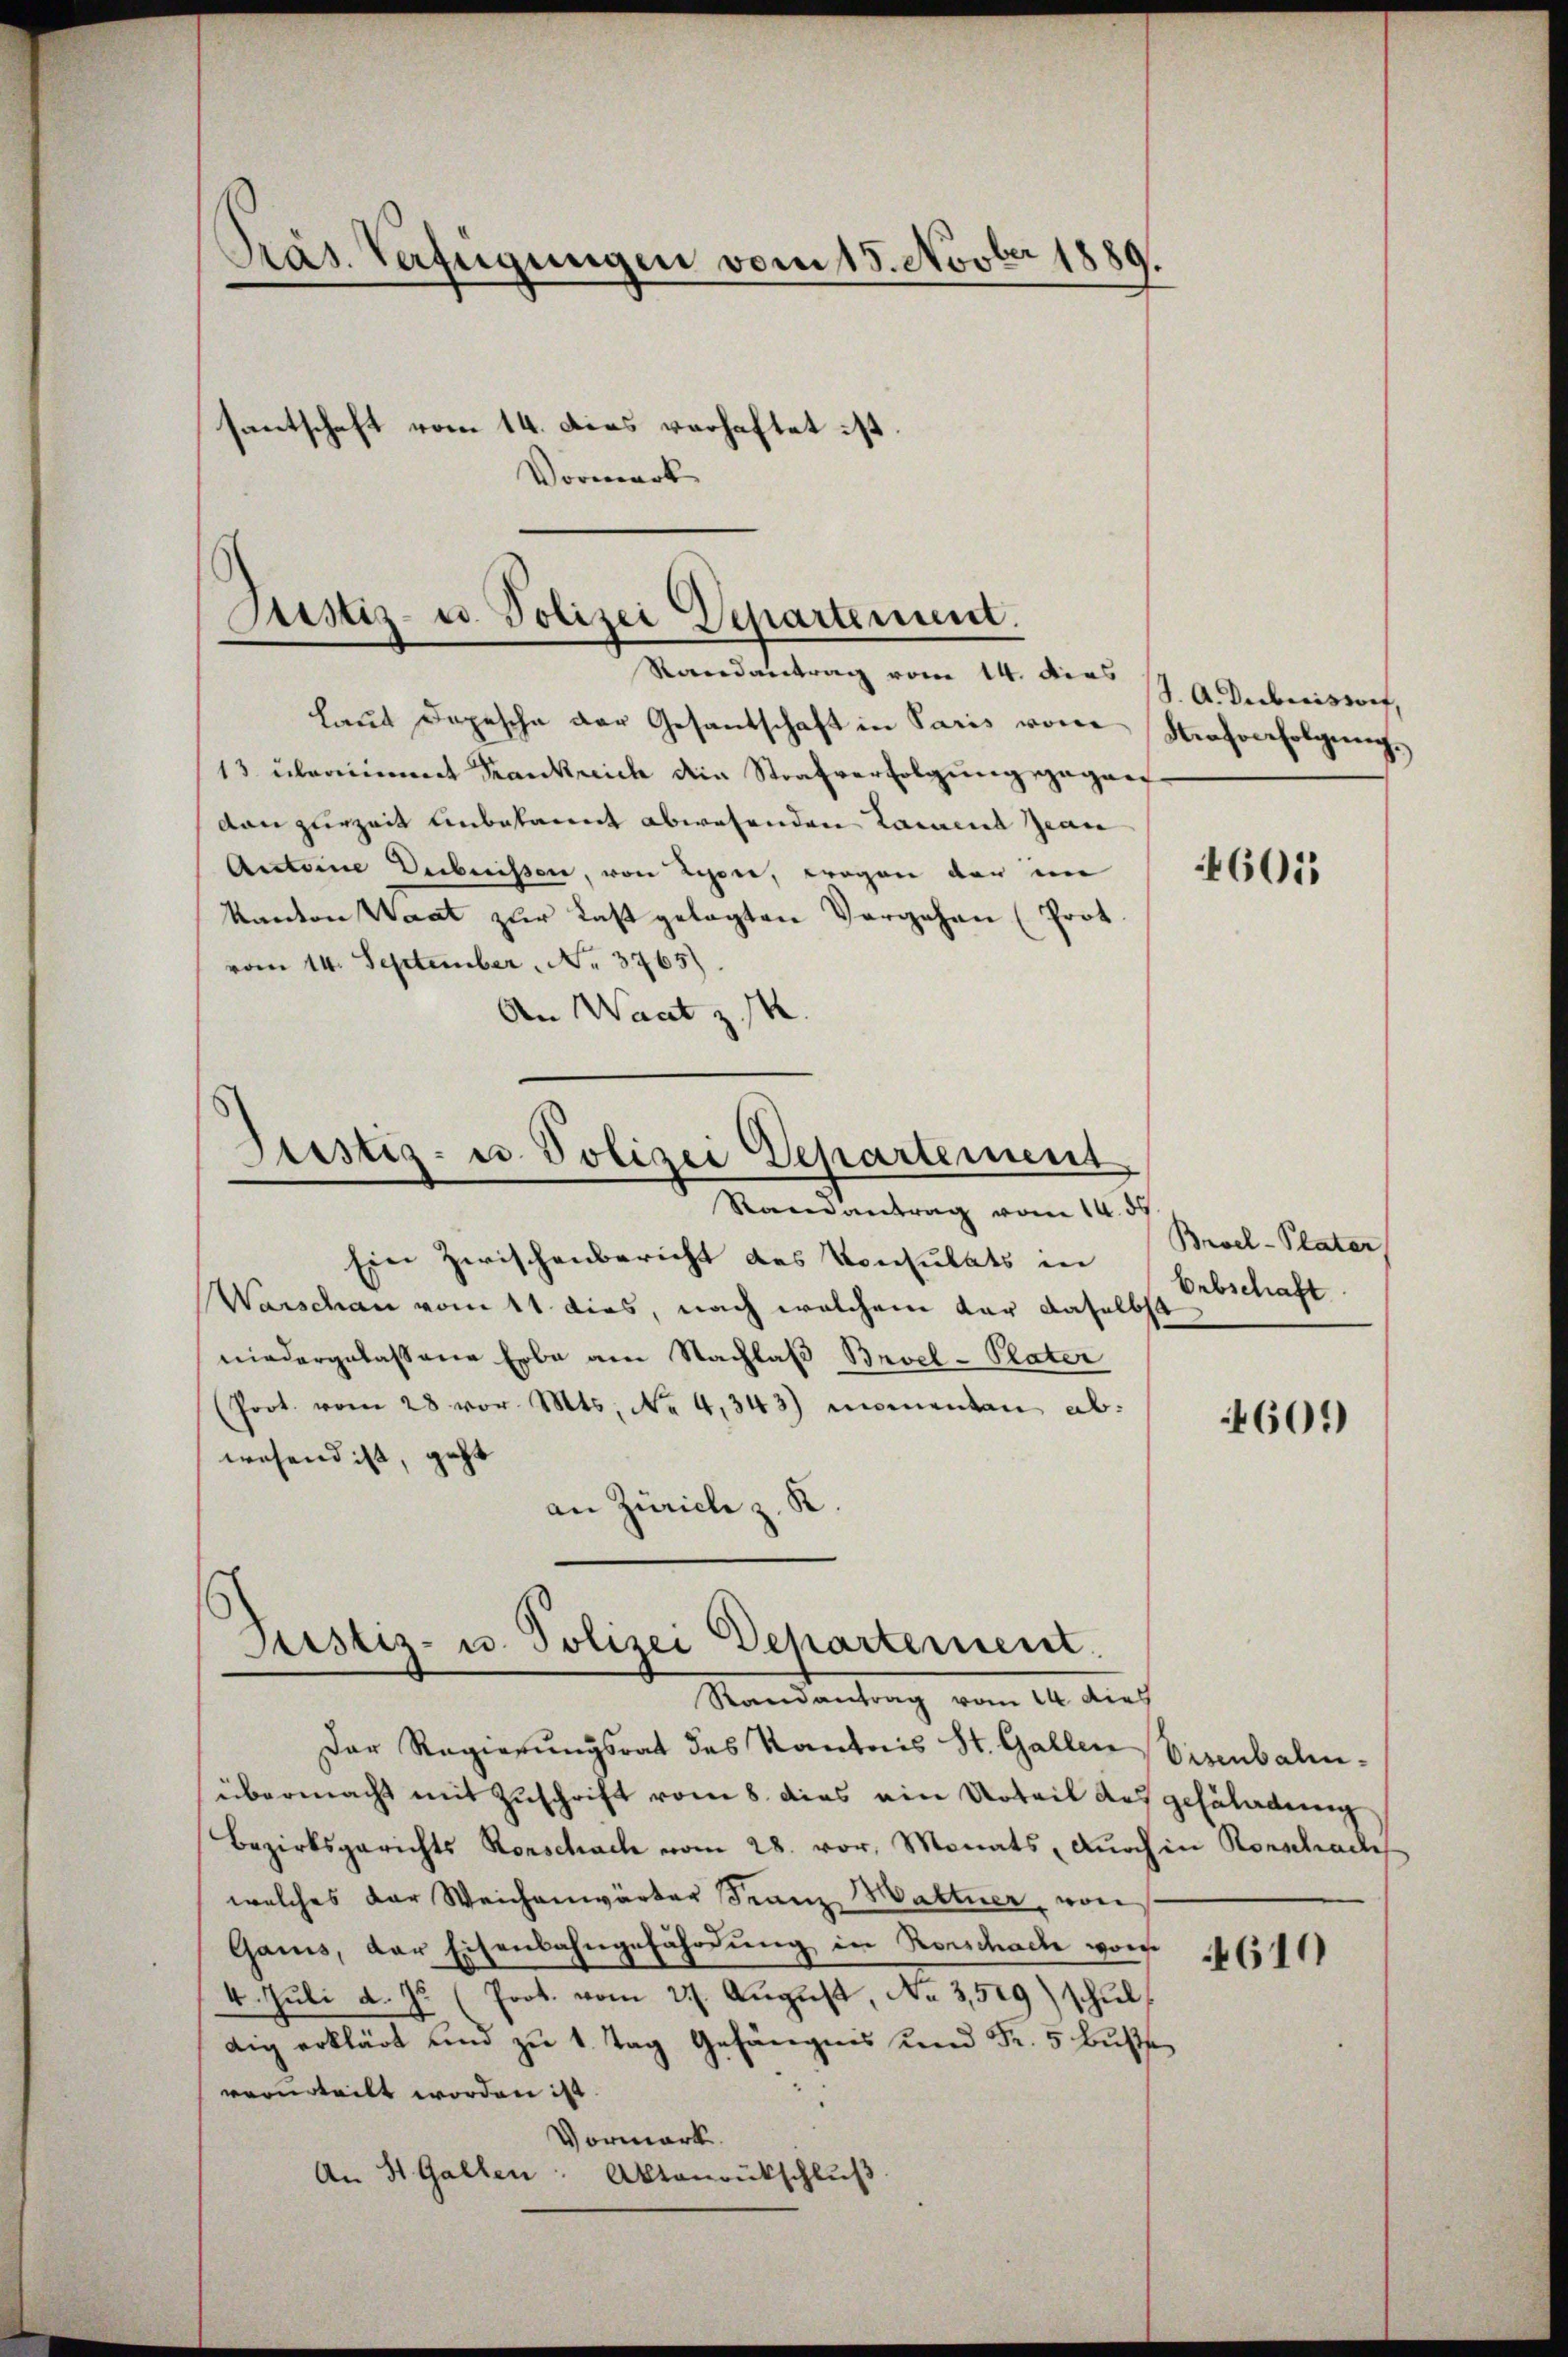
Präs. Verfügungen vom 15. Novber 1889
santschaft vom 14. Dies verhaftet ist.
Vormerk

Justiz- u. Polizei Departement.
Randantrag vom 14. dies

laut Depesche der Gesandschaft in Paris vom
13 übernimmt Krankreich die Strafverfolgung gegan
von zurzeit unbekannt abwesenden Laient Jean
Antoine Debuissen, von Leere, wegen der im
Kanton Waat zur Last gelegten Vergehen (Prot.
vom 14. September, No. 3765).
An Waat z
Justiz- u. Polizei Departement
Randantrag vom 14. 39
Ein Zwischenbericht des Konsulats in
Warschau vom 11 dies, nach welchem dar daselbst
niedergelassene Erbe am Nachlaß Brvel-Plater
(Poot. vom 28. vor. Mts. No 4,343) momenten ab.
wesend ist, geht
an Zürich z. K

Justiz- u. Polizei Departement.
Randantrag vom 14. dies

J. A. Duberistorf,
Krahoerfolgŭngs

Der Regierungsrat des Kantois St. Gallen Visenbahnübermacht mit Zuschrift vom 8. dies ein Urteil des gezuladung
Bezirksgerichts Konschach vom 28. vor, Monats, durch in Rorschache
welches der Weichenwärter Franz Martner, von
Gamis, der Eisenbahngefährdung in Rorschache von
4. Juli d. Js. (Prot. vom 27. August, No 3,519) schuldig erklärt und zu 1 Tag Gefängnis und Fr. 5 Buße
verurteilt worden ist.
Vormerk
An St. Gallen: Aktenrückschlŭβ

4605

Broel-Plater
Erbschaft

460.)

4611)